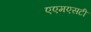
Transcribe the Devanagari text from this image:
एएमएसटी